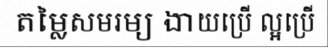
តម្លៃសមរម្យ ងាយប្រើ ល្អប្រើ